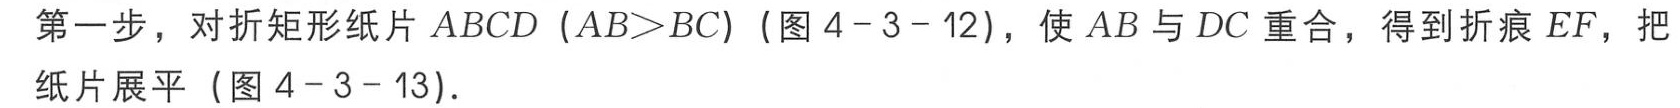
第一步，对折矩形纸片 \(ABCD\)（\(AB>BC\)）（图 \(4 - 3 - 12\)），使 \(AB\) 与 \(DC\) 重合，得到折痕 \(EF\)，把纸片展平（图 \(4 - 3 - 13\)）.